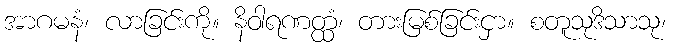
အာဂမနံ၊ လာခြင်းကို။ နိဝါရဏတ္ထံ၊ တားမြစ်ခြင်းငှာ။ စတူသုဒိသာသု၊